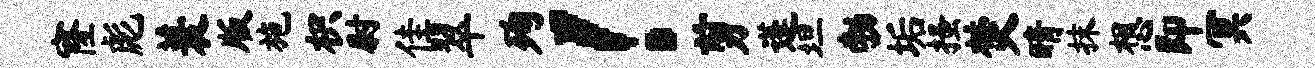
窿彪蓑版施枳尉佳翠殉！剪蓬坦勃垢搔焚晴抹想即冥